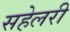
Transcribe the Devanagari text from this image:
सहेलरी